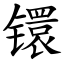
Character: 镮